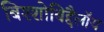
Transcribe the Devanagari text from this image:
बिश्शोबिद्दैलॉय